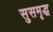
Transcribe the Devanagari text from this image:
सुसमृद्ध